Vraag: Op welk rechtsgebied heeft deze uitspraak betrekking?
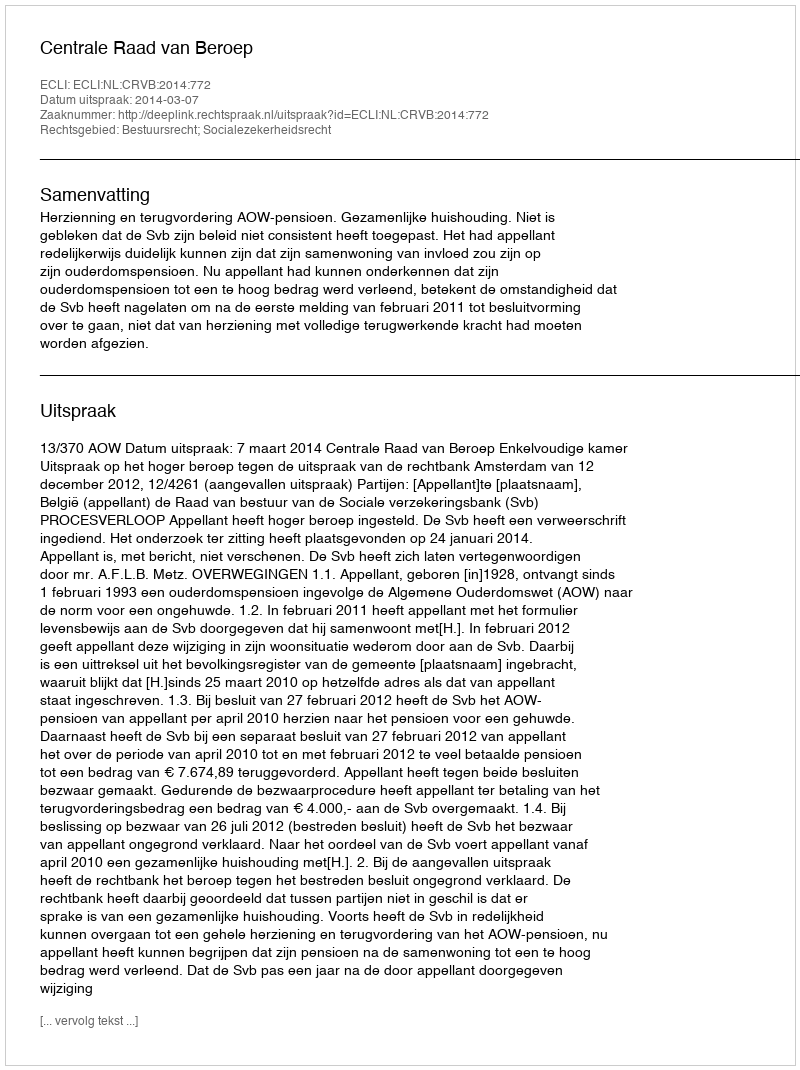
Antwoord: Bestuursrecht; Socialezekerheidsrecht